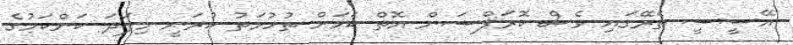
އޭސީސީ ތެރޭގައި ވެސް ކޮރަޕްޝަން އޮތް ކަމަށް ތުހުމަތު ކުރަނީ މިފަދަ ކަންކަމުގެ